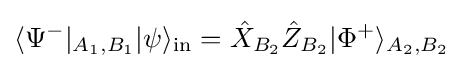
\langle \Psi ^{-}|_{A_{1},B_{1}}|\psi \rangle _{\rm {in}}={\hat {X}}_{B_{2}}{\hat {Z}}_{B_{2}}|\Phi ^{+}\rangle _{A_{2},B_{2}}